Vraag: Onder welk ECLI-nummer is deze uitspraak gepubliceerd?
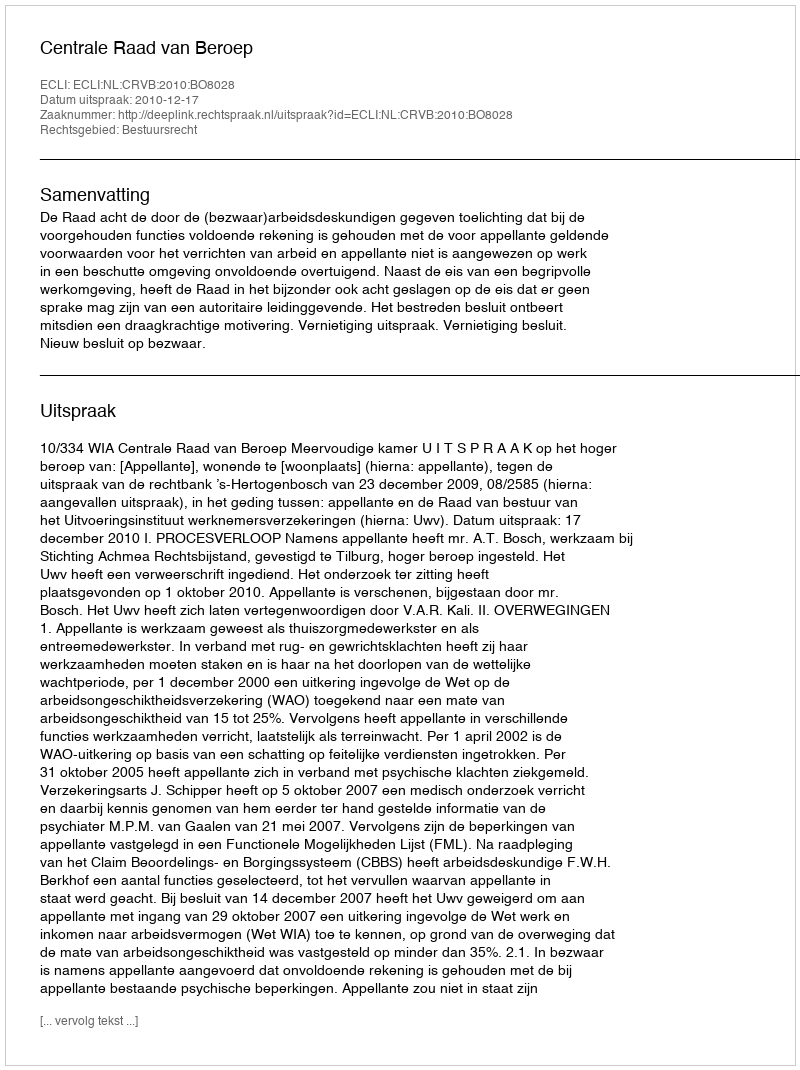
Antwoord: ECLI:NL:CRVB:2010:BO8028